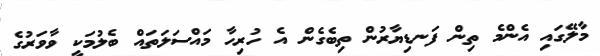
މާލޭގައި އެންމެ ތިން ފަނޑިޔާރުން ތިބެގެން އެ ހުރިހާ މައްސަލަތައް ބެލުމަކީ ވާވަރުގެ